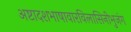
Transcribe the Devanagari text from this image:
अष्टादशभाषावारविलासिनीभुजंग